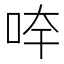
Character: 𱒙